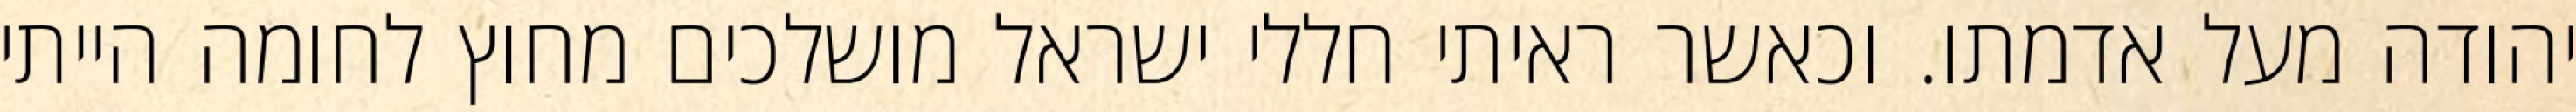
יהודה מעל אדמתו. וכאשר ראיתי חללי ישראל מושלכים מחוץ לחומה הייתי